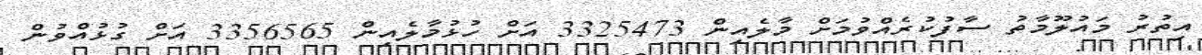
އިތުރު މައުލޫމާތު ސާފުކުރެއްވުމަށް މާލެއިން 3325473 އަށް ހުޅުމާލެއިން 3356565 އަށް ގުޅުއްވުން